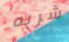
شربه